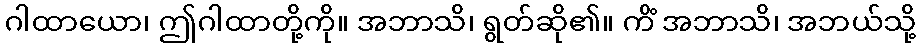
ဂါထာယော၊ ဤဂါထာတို့ကို။ အဘာသိ၊ ရွတ်ဆို၏။ ကိံ အဘာသိ၊ အဘယ်သို့